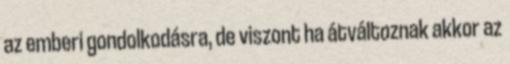
az emberi gondolkodásra, de viszont ha átváltoznak akkor az